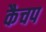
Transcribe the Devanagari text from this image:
कैचप